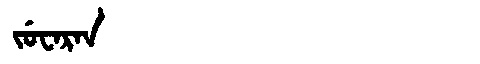
Manchu: ᠵᡠᠸᠠᡵᠠᠨ
Romanization: JUWARAN